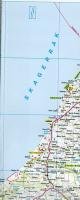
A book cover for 1. Denmark Travel Reference Map 1:300,000 (International Travel Maps); International Travel maps; Travel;